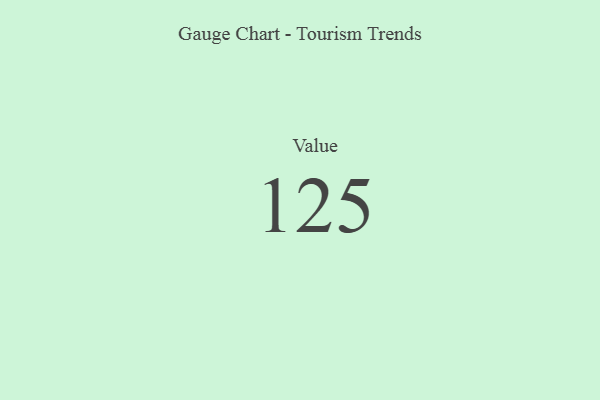
{"axis": {"x": "Metric", "y": "Value"}, "legend": [""], "data": [{"x": "Value", "y": 125, "type": ""}]}